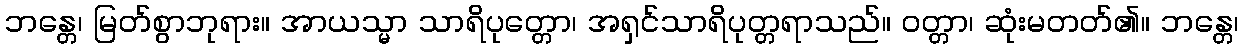
ဘန္တေ၊ မြတ်စွာဘုရား။ အာယသ္မာ သာရိပုတ္တော၊ အရှင်သာရိပုတ္တရာသည်။ ဝတ္တာ၊ ဆုံးမတတ်၏။ ဘန္တေ၊